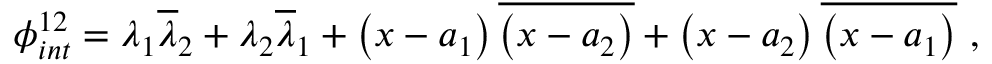
\phi _ { i n t } ^ { 1 2 } = \lambda _ { 1 } \overline { { { \lambda } } } _ { 2 } + \lambda _ { 2 } \overline { { { \lambda } } } _ { 1 } + \left( x - a _ { 1 } \right) \overline { { { \left( x - a _ { 2 } \right) } } } + \left( x - a _ { 2 } \right) \overline { { { \left( x - a _ { 1 } \right) } } } \ ,